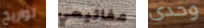
تواريخ مفاتيحي وحدى